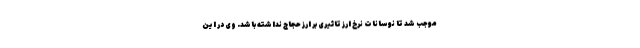
موجب شد تا نوسانات نرخ ارز تاثیری بر ارز حجاج نداشته باشد. وی در این